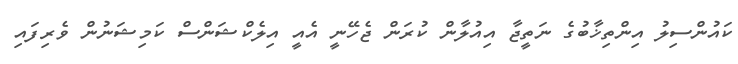
ކައުންސިލު އިންތިޚާބުގެ ނަތީޖާ އިއުލާން ކުރަން ޖެހޭނީ އެއީ އިލެކްޝަންސް ކަމިޝަނުން ވެރިފައި